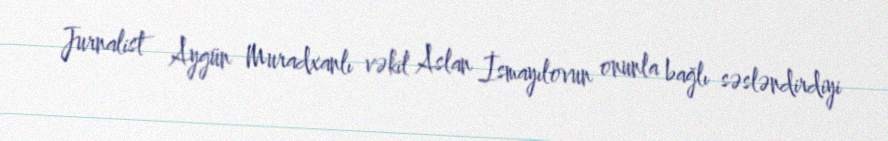
Jurnalist Aygün Muradxanlı vəkil Aslan İsmayılovun onunla bağlı səsləndirdiyi